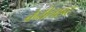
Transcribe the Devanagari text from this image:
बेनीलाइट